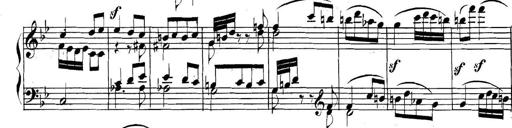
Title: Collected Piano Sonatas
Composer: Muzio Clementi